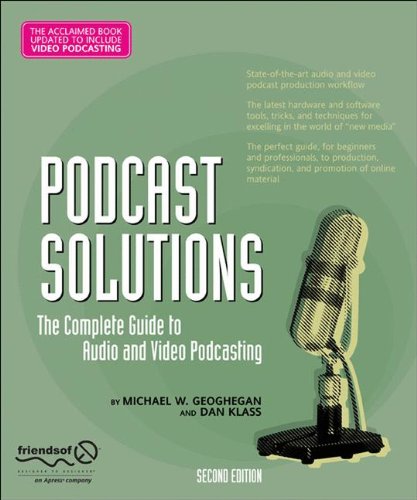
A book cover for Podcast Solutions: The Complete Guide to Audio and Video Podcasting; Michael W. Geoghegan; Computers & Technology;